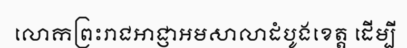
លោកព្រះរាជអាជ្ញាអមសាលាដំបូងខេត្ត ដើម្បី